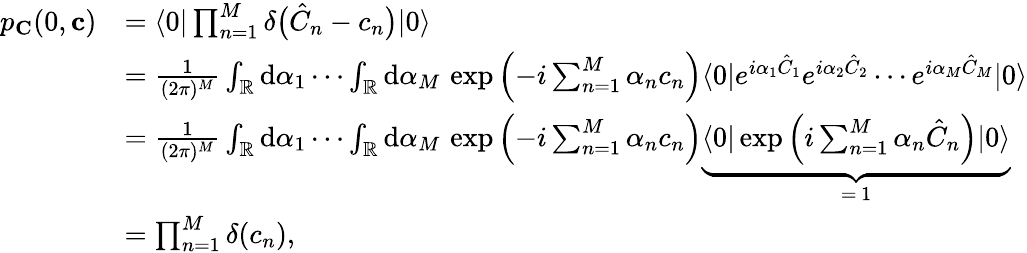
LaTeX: \begin{array}{rl}{p_{\mathbf{C}}(0,\mathbf{c})}&{=\langle 0|\prod_{n=1}^{M}\delta\bigl(\hat{C}_{n}-c_{n}\bigr)|0\rangle}\\ &{=\frac{1}{(2\pi)^{M}}\int_{\mathbb{R}}\mathrm{d}\alpha_{1}\cdots\int_{\mathbb{R}}\mathrm{d}\alpha_{M}\, \exp\left(-i\sum_{n=1}^{M}\alpha_{n}c_{n}\right)\langle 0|e^{i\alpha_{1}\hat{C}_{1}}e^{i\alpha_{2}\hat{C}_{2}}\cdots e^{i\alpha_{M}\hat{C}_{M}}|0\rangle}\\ &{=\frac{1}{(2\pi)^{M}}\int_{\mathbb{R}}\mathrm{d}\alpha_{1}\cdots\int_{\mathbb{R}}\mathrm{d}\alpha_{M}\, \exp\left(-i\sum_{n=1}^{M}\alpha_{n}c_{n}\right)\underbrace{\langle 0|\exp\left(i\sum_{n=1}^{M}\alpha_{n}\hat{C}_{n}\right)|0\rangle}_{=\, 1}}\\ &{=\prod_{n=1}^{M}\delta(c_{n}),}\end{array}